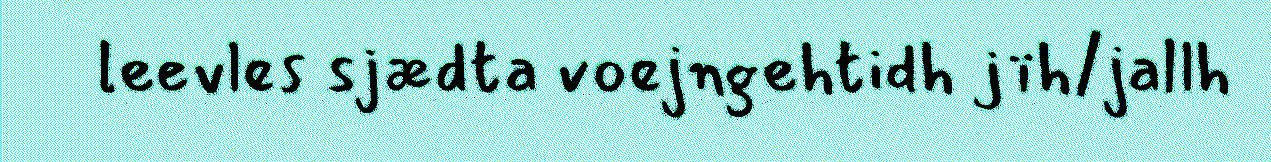
leevles sjædta voejngehtidh jïh/jallh